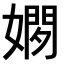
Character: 𫱢